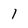
Character: 1